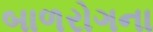
બાળરોગના